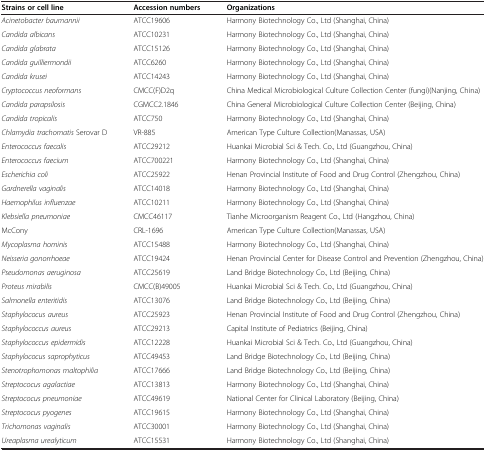
<table><thead><tr><td><b>Strains or cell line</b></td><td><b>Accession numbers</b></td><td><b>Organizations</b></td></tr></thead><tbody><tr><td><i>Acinetobacter baumannii</i></td><td>ATCC19606</td><td>Harmony Biotechnology Co., Ltd (Shanghai, China)</td></tr><tr><td><i>Candida albicans</i></td><td>ATCC10231</td><td>Harmony Biotechnology Co., Ltd (Shanghai, China)</td></tr><tr><td><i>Candida glabrata</i></td><td>ATCC15126</td><td>Harmony Biotechnology Co., Ltd (Shanghai, China)</td></tr><tr><td><i>Candida guilliermondii</i></td><td>ATCC6260</td><td>Harmony Biotechnology Co., Ltd (Shanghai, China)</td></tr><tr><td><i>Candida krusei</i></td><td>ATCC14243</td><td>Harmony Biotechnology Co., Ltd (Shanghai, China)</td></tr><tr><td><i>Cryptococcus neoformans</i></td><td>CMCC(F)D2q</td><td>China Medical Microbiological Culture Collection Center (fungi)(Nanjing, China)</td></tr><tr><td><i>Candida parapsilosis</i></td><td>CGMCC2.1846</td><td>China General Microbiological Culture Collection Center (Beijing, China)</td></tr><tr><td><i>Candida tropicalis</i></td><td>ATCC750</td><td>Harmony Biotechnology Co., Ltd (Shanghai, China)</td></tr><tr><td><i>Chlamydia trachomatis</i> Serovar D</td><td>VR-885</td><td>American Type Culture Collection(Manassas, USA)</td></tr><tr><td><i>Enterococcus faecalis</i></td><td>ATCC29212</td><td>Huankai Microbial Sci &amp; Tech. Co., Ltd (Guangzhou, China)</td></tr><tr><td><i>Enterococcus faecium</i></td><td>ATCC700221</td><td>Harmony Biotechnology Co., Ltd (Shanghai, China)</td></tr><tr><td><i>Escherichia coli</i></td><td>ATCC25922</td><td>Henan Provincial Institute of Food and Drug Control (Zhengzhou, China)</td></tr><tr><td><i>Gardnerella vaginalis</i></td><td>ATCC14018</td><td>Harmony Biotechnology Co., Ltd (Shanghai, China)</td></tr><tr><td><i>Haemophilus influenzae</i></td><td>ATCC10211</td><td>Harmony Biotechnology Co., Ltd (Shanghai, China)</td></tr><tr><td><i>Klebsiella pneumoniae</i></td><td>CMCC46117</td><td>Tianhe Microorganism Reagent Co., Ltd (Hangzhou, China)</td></tr><tr><td>McCony</td><td>CRL-1696</td><td>American Type Culture Collection(Manassas, USA)</td></tr><tr><td><i>Mycoplasma hominis</i></td><td>ATCC15488</td><td>Harmony Biotechnology Co., Ltd (Shanghai, China)</td></tr><tr><td><i>Neisseria gonorrhoeae</i></td><td>ATCC19424</td><td>Henan Provincial Center for Disease Control and Prevention (Zhengzhou, China)</td></tr><tr><td><i>Pseudomonas aeruginosa</i></td><td>ATCC25619</td><td>Land Bridge Biotechnology Co., Ltd (Beijing, China)</td></tr><tr><td><i>Proteus mirabilis</i></td><td>CMCC(B)49005</td><td>Huankai Microbial Sci &amp; Tech. Co., Ltd (Guangzhou, China)</td></tr><tr><td><i>Salmonella enteritidis</i></td><td>ATCC13076</td><td>Land Bridge Biotechnology Co., Ltd (Beijing, China)</td></tr><tr><td><i>Staphylococus aureus</i></td><td>ATCC25923</td><td>Henan Provincial Institute of Food and Drug Control (Zhengzhou, China)</td></tr><tr><td><i>Staphylococcus aureus</i></td><td>ATCC29213</td><td>Capital Institute of Pediatrics (Beijing, China)</td></tr><tr><td><i>Staphylococcus epidermidis</i></td><td>ATCC12228</td><td>Huankai Microbial Sci &amp; Tech. Co., Ltd (Guangzhou, China)</td></tr><tr><td><i>Staphylococus saprophyticus</i></td><td>ATCC49453</td><td>Land Bridge Biotechnology Co., Ltd (Beijing, China)</td></tr><tr><td><i>Stenotrophomonas maltophilia</i></td><td>ATCC17666</td><td>Land Bridge Biotechnology Co., Ltd (Beijing, China)</td></tr><tr><td><i>Streptococus agalactiae</i></td><td>ATCC13813</td><td>Harmony Biotechnology Co., Ltd (Shanghai, China)</td></tr><tr><td><i>Streptococus pneumoniae</i></td><td>ATCC49619</td><td>National Center for Clinical Laboratory (Beijing, China)</td></tr><tr><td><i>Streptococus pyogenes</i></td><td>ATCC19615</td><td>Harmony Biotechnology Co., Ltd (Shanghai, China)</td></tr><tr><td><i>Trichomonas vaginalis</i></td><td>ATCC30001</td><td>Harmony Biotechnology Co., Ltd (Shanghai, China)</td></tr><tr><td><i>Ureaplasma urealyticum</i></td><td>ATCC15531</td><td>Harmony Biotechnology Co., Ltd (Shanghai, China)</td></tr></tbody></table>